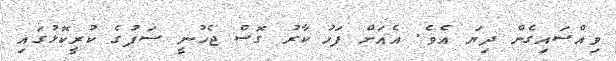
ވިއްސައިގެން ދިޔަ އެވެ. އެއަށް ފަހު ކާރު ގޮސް ޖެހުނީ ސަފުގެ ކުރީކޮޅުގައި